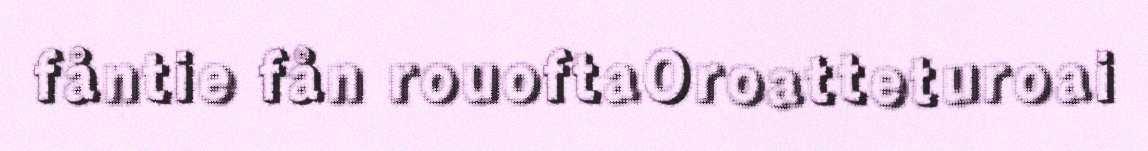
fåntie fån rouoftaOroatteturoai